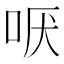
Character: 𫩫